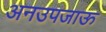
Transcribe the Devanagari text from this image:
अनउपजाऊ